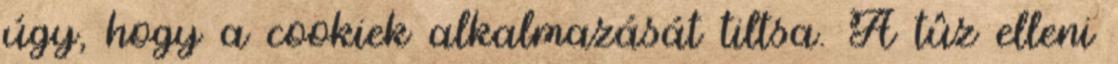
úgy, hogy a cookiek alkalmazását tiltsa. A tûz elleni